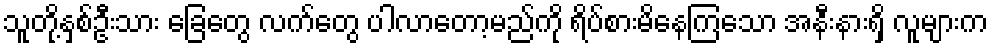
သူတို့နှစ်ဦးသား ခြေတွေ လက်တွေ ပါလာတော့မည်ကို ရိပ်စားမိနေကြသော အနီးနားရှိ လူများက